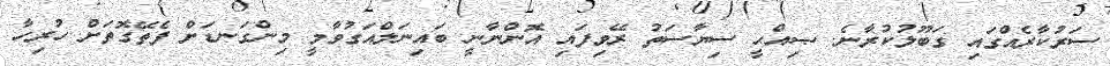
ސަރުކާރެއްގައި ގަބޫލުކުރާނެ. ޞިއްޙީ ސިޔާސަތު ރޭވިފައި އޮންނާނީ ބައިނަލްއަގުވާމީ މިންގަނޑަށް ފެތޭގޮތަށް ހުރިހާ